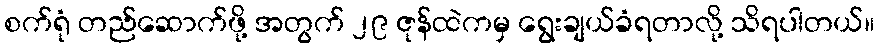
စက်ရုံ တည်ဆောက်ဖို့ အတွက် ၂၉ ဇုန်ထဲကမှ ရွေးချယ်ခံရတာလို့ သိရပါတယ်။